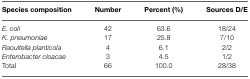
<table><thead><tr><td><b>Species composition</b></td><td><b>Number</b></td><td><b>Percent (%)</b></td><td><b>Sources D/E</b></td></tr></thead><tbody><tr><td><i>E. coli</i></td><td>42</td><td>63.6</td><td>18/24</td></tr><tr><td><i>K. pneumoniae</i></td><td>17</td><td>25.8</td><td>7/10</td></tr><tr><td><i>Raoultella planticola</i></td><td>4</td><td>6.1</td><td>2/2</td></tr><tr><td><i>Enterobacter cloacae</i></td><td>3</td><td>4.5</td><td>1/2</td></tr><tr><td>Total</td><td>66</td><td>100.0</td><td>28/38</td></tr></tbody></table>